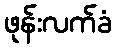
ဖုန်းလက်ခံ